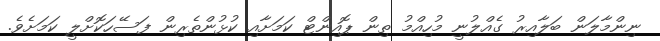
ނިންމާލަން ބަލާއިރު ގެއްލުނީ މުހިއްމު ތިން ޕޮއިންޓް ކަމަށާއި ކުޅުންތެރިން ފަސޭހަކޮށްލީ ކަމަށެވެ.